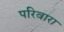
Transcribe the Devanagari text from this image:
परिवारा